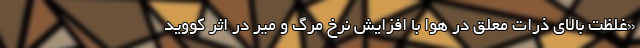
«غلظت بالای ذرات معلق در هوا با افزایش نرخ مرگ و میر در اثر کووید